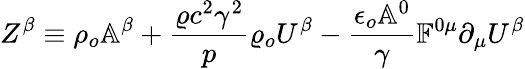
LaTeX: Z^{\beta}\equiv\rho_{o}\mathbb{A}^{\beta}+\frac{\varrho c^{2}\gamma^{2}}{p}\varrho_{o}U^{\beta}-\frac{\epsilon_{o}\mathbb{A}^{0}}{\gamma}\mathbb{F}^{0\mu}\partial_{\mu}U^{\beta}